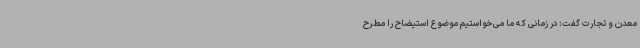
معدن و تجارت گفت: در زمانی که ما می‌خواستیم موضوع استیضاح را مطرح